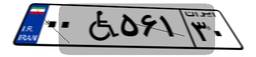
۰۰W۵۶۱۳۰